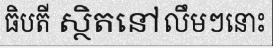
ធិបតី ស្ថិតនៅលឹមៗនោះ